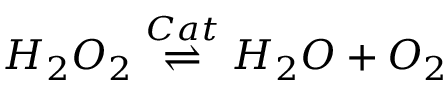
H _ { 2 } O _ { 2 } \stackrel { C a t } { \rightleftharpoons } H _ { 2 } O + O _ { 2 }